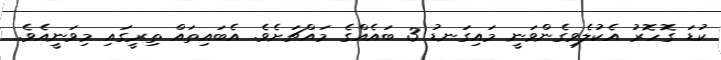
ކުޑަ ގޮހޮރު އެކުލެވިގެންވަނީ މައިގަނޑު 3 ބައެއްގެ މައްޗަށެވެ. އެބައިތައް ތިރީގައި މިވަނީއެވެ.